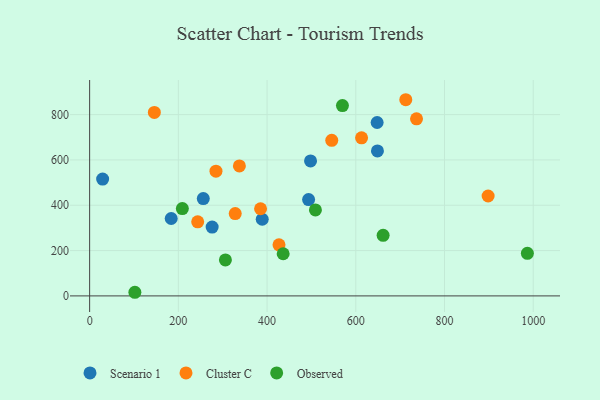
{"axis": {"x": "Investment", "y": "Salary"}, "legend": ["Cluster C", "Observed", "Scenario 1"], "data": [{"x": "276.2", "y": 303.8, "type": "Scenario 1"}, {"x": "389.1", "y": 338.3, "type": "Scenario 1"}, {"x": "493.6", "y": 425.0, "type": "Scenario 1"}, {"x": "498.0", "y": 595.8, "type": "Scenario 1"}, {"x": "29.3", "y": 515.7, "type": "Scenario 1"}, {"x": "183.9", "y": 341.6, "type": "Scenario 1"}, {"x": "648.1", "y": 765.1, "type": "Scenario 1"}, {"x": "256.2", "y": 429.5, "type": "Scenario 1"}, {"x": "648.8", "y": 639.8, "type": "Scenario 1"}, {"x": "337.6", "y": 573.6, "type": "Cluster C"}, {"x": "898.3", "y": 440.8, "type": "Cluster C"}, {"x": "145.9", "y": 809.5, "type": "Cluster C"}, {"x": "385.3", "y": 384.5, "type": "Cluster C"}, {"x": "712.7", "y": 865.7, "type": "Cluster C"}, {"x": "426.9", "y": 225.2, "type": "Cluster C"}, {"x": "328.2", "y": 363.4, "type": "Cluster C"}, {"x": "736.9", "y": 781.4, "type": "Cluster C"}, {"x": "613.0", "y": 697.4, "type": "Cluster C"}, {"x": "545.8", "y": 686.5, "type": "Cluster C"}, {"x": "243.6", "y": 327.0, "type": "Cluster C"}, {"x": "284.8", "y": 550.5, "type": "Cluster C"}, {"x": "661.6", "y": 267.5, "type": "Observed"}, {"x": "306.1", "y": 158.8, "type": "Observed"}, {"x": "436.3", "y": 186.0, "type": "Observed"}, {"x": "509.0", "y": 379.5, "type": "Observed"}, {"x": "569.9", "y": 839.7, "type": "Observed"}, {"x": "986.8", "y": 187.9, "type": "Observed"}, {"x": "209.0", "y": 385.4, "type": "Observed"}, {"x": "102.0", "y": 16.0, "type": "Observed"}]}